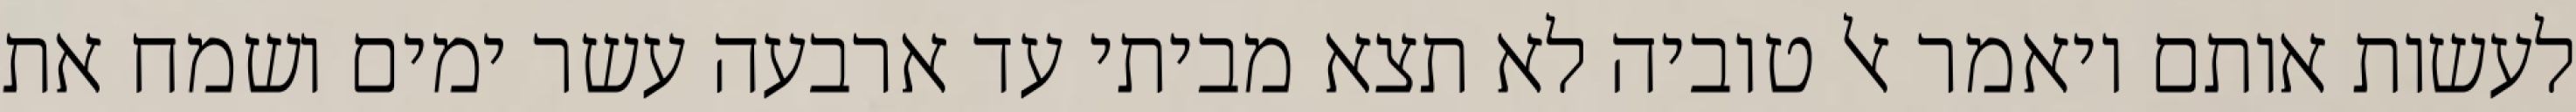
לעשות אותם ויאמר אל טוביה לא תצא מביתי עד ארבעה עשר ימים ושמח את